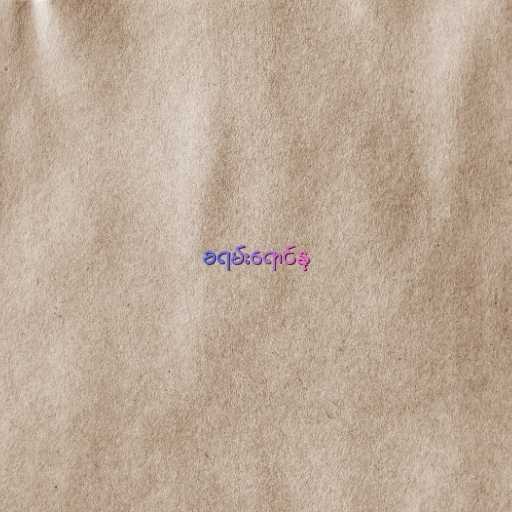
ခရမ်းရောင်နု